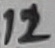
Text: 12